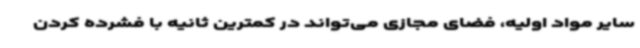
سایر مواد اولیه، فضای مجازی می‌تواند در کمترین ثانیه با فشرده کردن